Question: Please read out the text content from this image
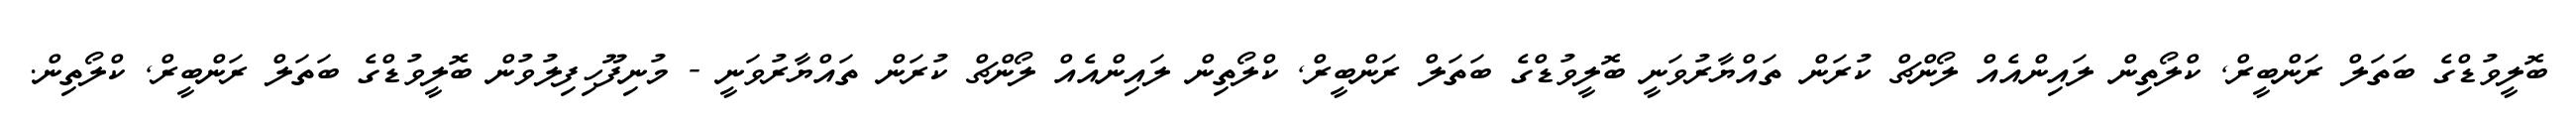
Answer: ބޮލީވުޑްގެ ބަތަލް ރަންބީރް, ކްލޯތިން ލައިންއެއް ލޯންޗް ކުރަން ތައްޔާރުވަނީ ބޮލީވުޑްގެ ބަތަލް ރަންބީރް, ކްލޯތިން ލައިންއެއް ލޯންޗް ކުރަން ތައްޔާރުވަނީ - މުނިފޫހިފިލުވުން ބޮލީވުޑްގެ ބަތަލް ރަންބީރް, ކްލޯތިން.